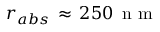
r _ { a b s } \, \approx \, 2 5 0 \, \mathrm { ~ n ~ m ~ }